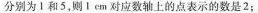
分别为1和5，则1 cm对应数轴上的点表示的数是2；